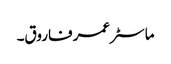
ماسٹر عمر فاروق۔